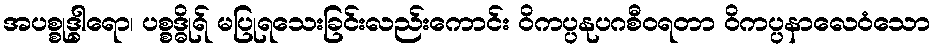
အပစ္စုဒ္ဓါရော၊ ပစ္စဒ္ဓိုရ် မပြုရသေးခြင်းလည်းကောင်း ဝိကပ္ပနုပဂစီဝရတာ ဝိကပ္ပနာလေဝံသော